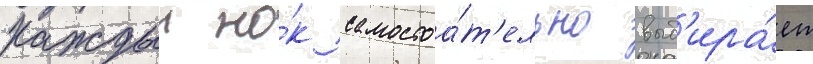
Каждыи но́к самостоа́т'ельно выб'ира́ет